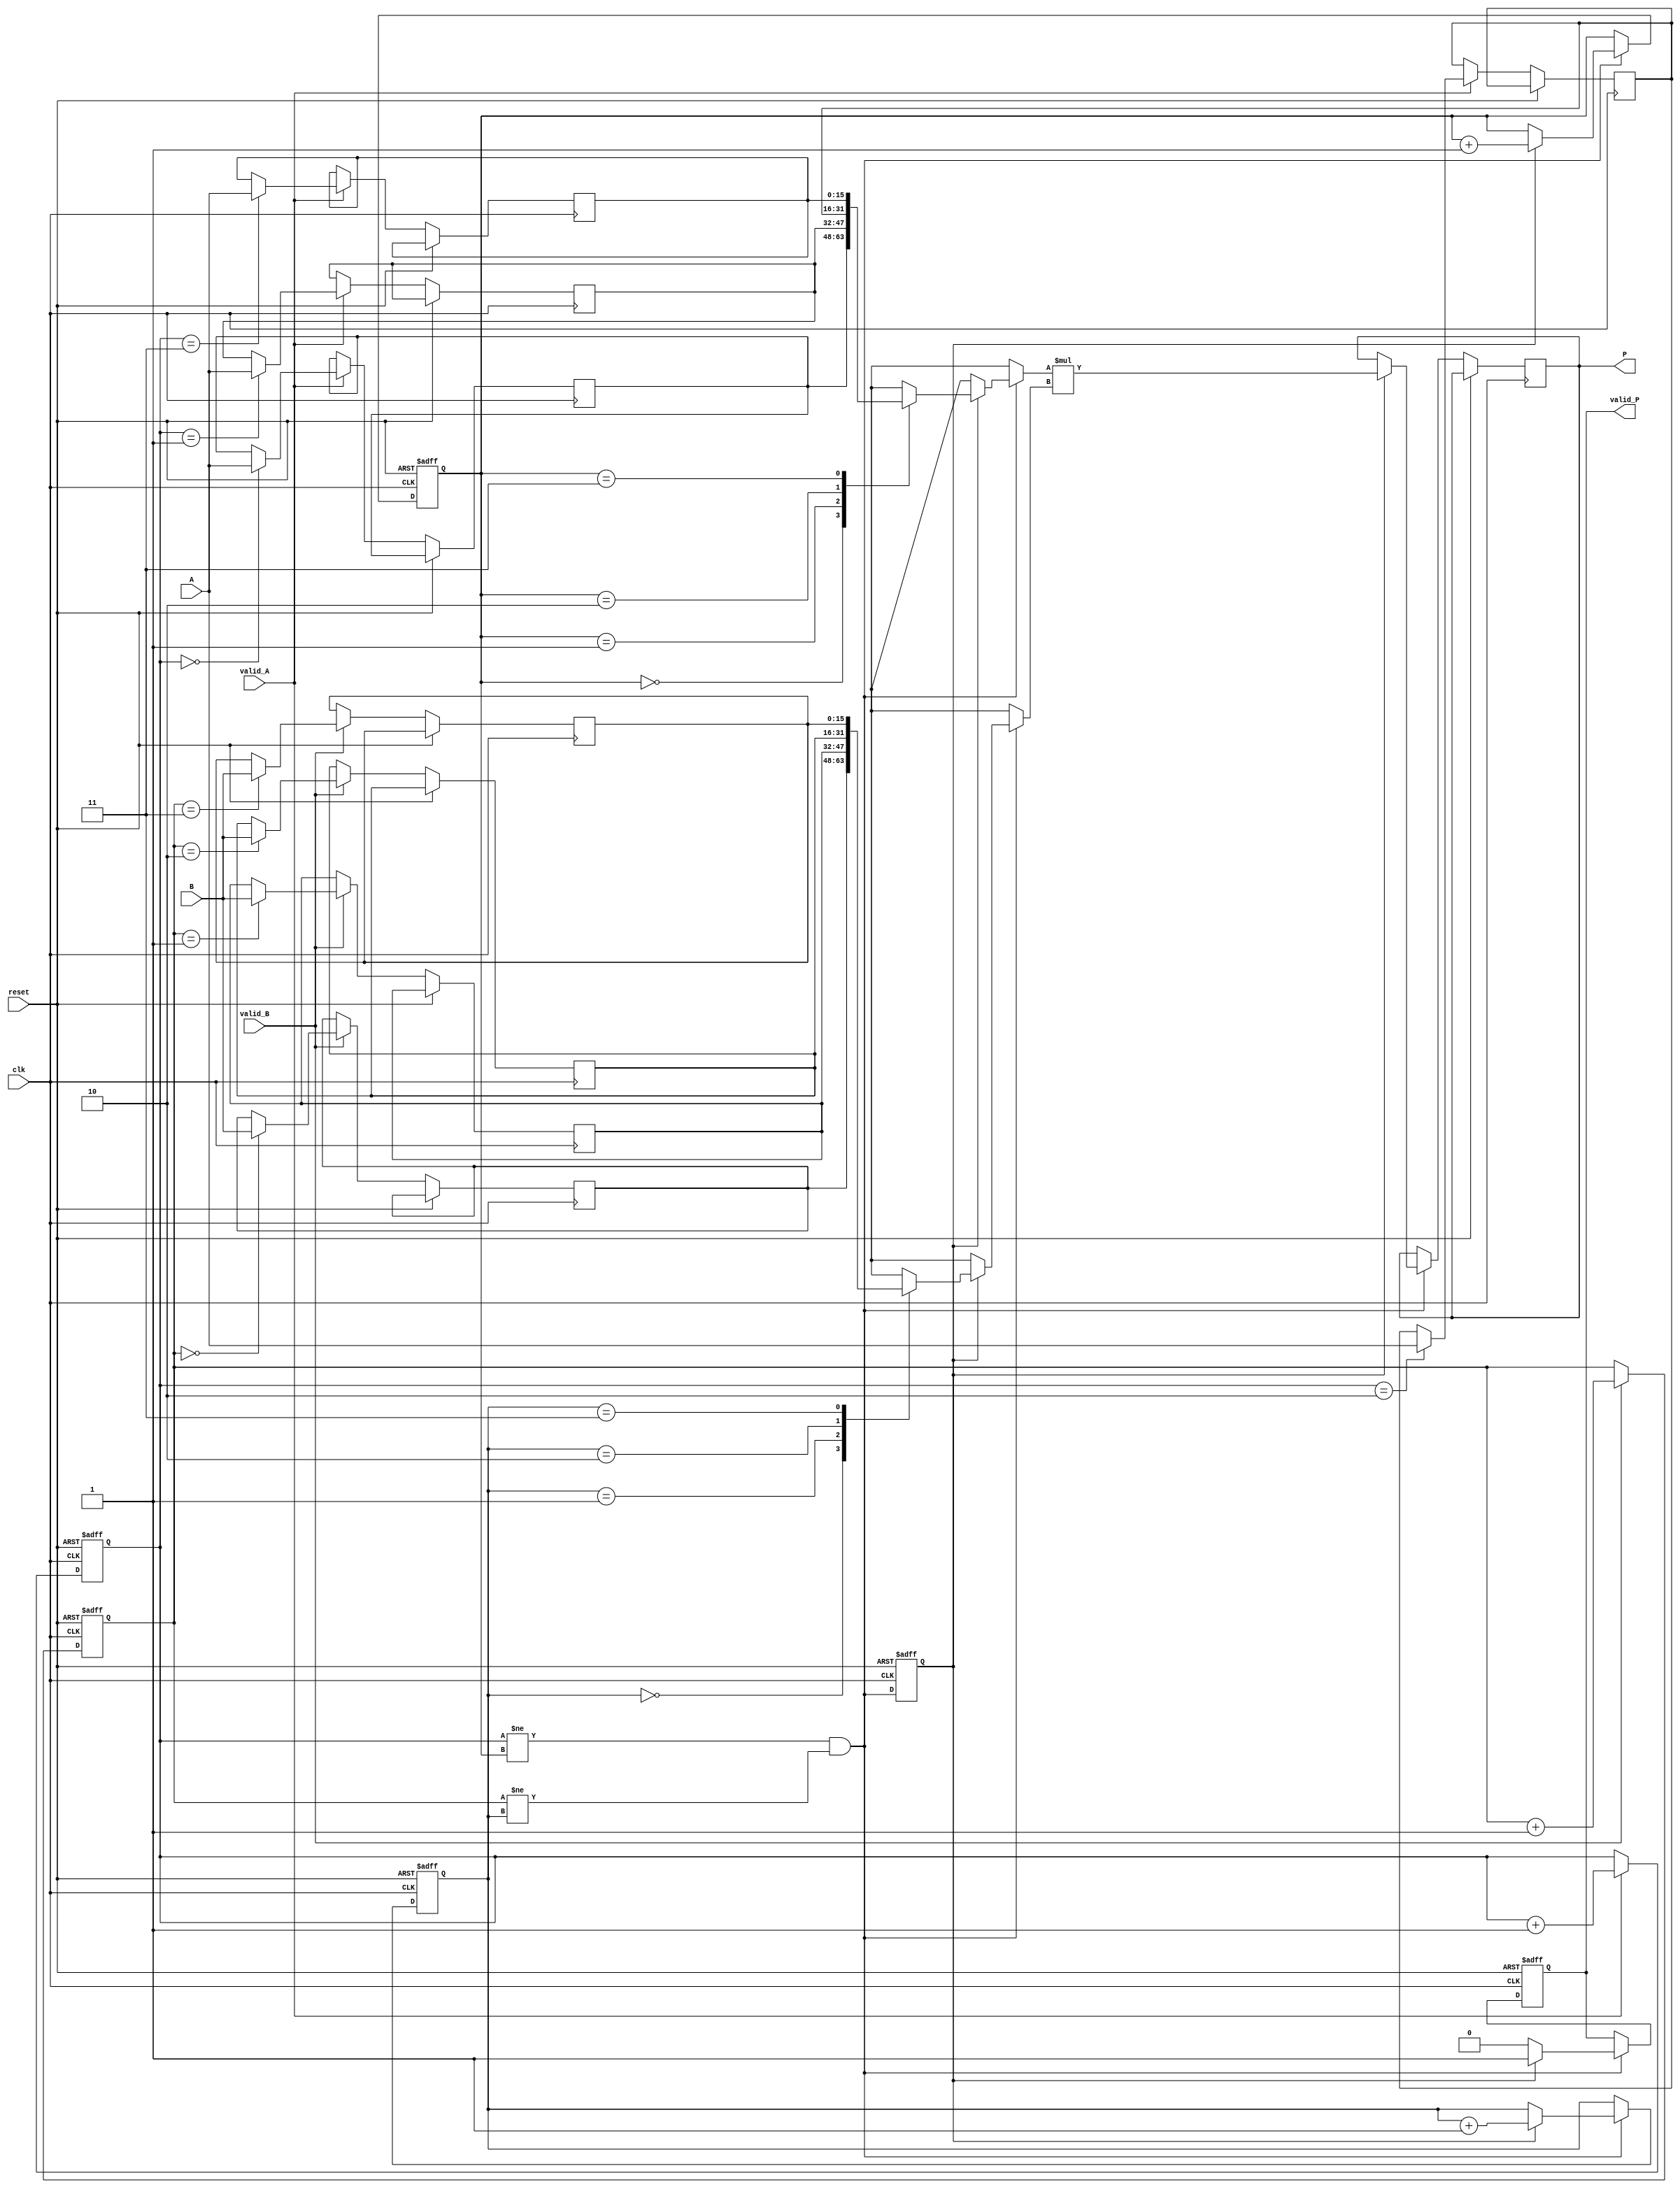
module streaming_multiplier #(
    parameter DATA_WIDTH = 16,        // Bit-width of the input data
    parameter BUFFER_SIZE = 4          // Size of the input buffers
)(
    input wire clk,                     // Clock signal
    input wire reset,                   // Reset signal
    input wire [DATA_WIDTH-1:0] A,     // Input stream A
    input wire [DATA_WIDTH-1:0] B,     // Input stream B
    input wire valid_A,                 // Valid signal for input A
    input wire valid_B,                 // Valid signal for input B
    output reg [2*DATA_WIDTH-1:0] P,   // Output product
    output reg valid_P                  // Valid signal for output P
);

// Internal signals
reg [DATA_WIDTH-1:0] buffer_A [0:BUFFER_SIZE-1]; // Buffer for input A
reg [DATA_WIDTH-1:0] buffer_B [0:BUFFER_SIZE-1]; // Buffer for input B
reg [1:0] read_ptr_A;                         // Read pointer for input A
reg [1:0] read_ptr_B;                         // Read pointer for input B
reg [1:0] write_ptr_A;                        // Write pointer for input A
reg [1:0] write_ptr_B;                        // Write pointer for input B
reg ready_to_multiply;

// Reset Logic
always @(posedge clk or posedge reset) begin
    if (reset) begin
        read_ptr_A <= 0;
        read_ptr_B <= 0;
        write_ptr_A <= 0;
        write_ptr_B <= 0;
        valid_P <= 0;
    end else begin
        // Input buffering for A
        if (valid_A) begin
            buffer_A[write_ptr_A] <= A;
            write_ptr_A <= write_ptr_A + 1'b1;
        end
        
        // Input buffering for B
        if (valid_B) begin
            buffer_B[write_ptr_B] <= B;
            write_ptr_B <= write_ptr_B + 1'b1;
        end
        
        // Handshaking to indicate when both inputs are ready
        if ((write_ptr_A != read_ptr_A) && (write_ptr_B != read_ptr_B)) begin
            if (ready_to_multiply) begin
                // Perform multiplication
                P <= buffer_A[read_ptr_A] * buffer_B[read_ptr_B];
                valid_P <= 1;

                // Update read pointers
                read_ptr_A <= read_ptr_A + 1'b1;
                read_ptr_B <= read_ptr_B + 1'b1;
            end else begin
                valid_P <= 0;
            end
        end
    end
end

// Control logic to handle valid signal
always @(posedge clk or posedge reset) begin
    if (reset) begin
        ready_to_multiply <= 0;
    end else begin
        ready_to_multiply <= (write_ptr_A != read_ptr_A) && (write_ptr_B != read_ptr_B);
    end
end

endmodule